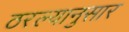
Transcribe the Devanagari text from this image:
ठरल्यानुसार